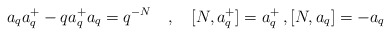
\begin{align*}a_{q} a_{q}^{+} - q a_{q}^{+} a_{q} = q^{-N} \quad , \quad [N, a_{q}^{+}] =a_{q}^{+} \, , [N, a_{q}] = - a_{q}\end{align*}